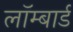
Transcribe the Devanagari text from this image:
लॉम्बार्ड